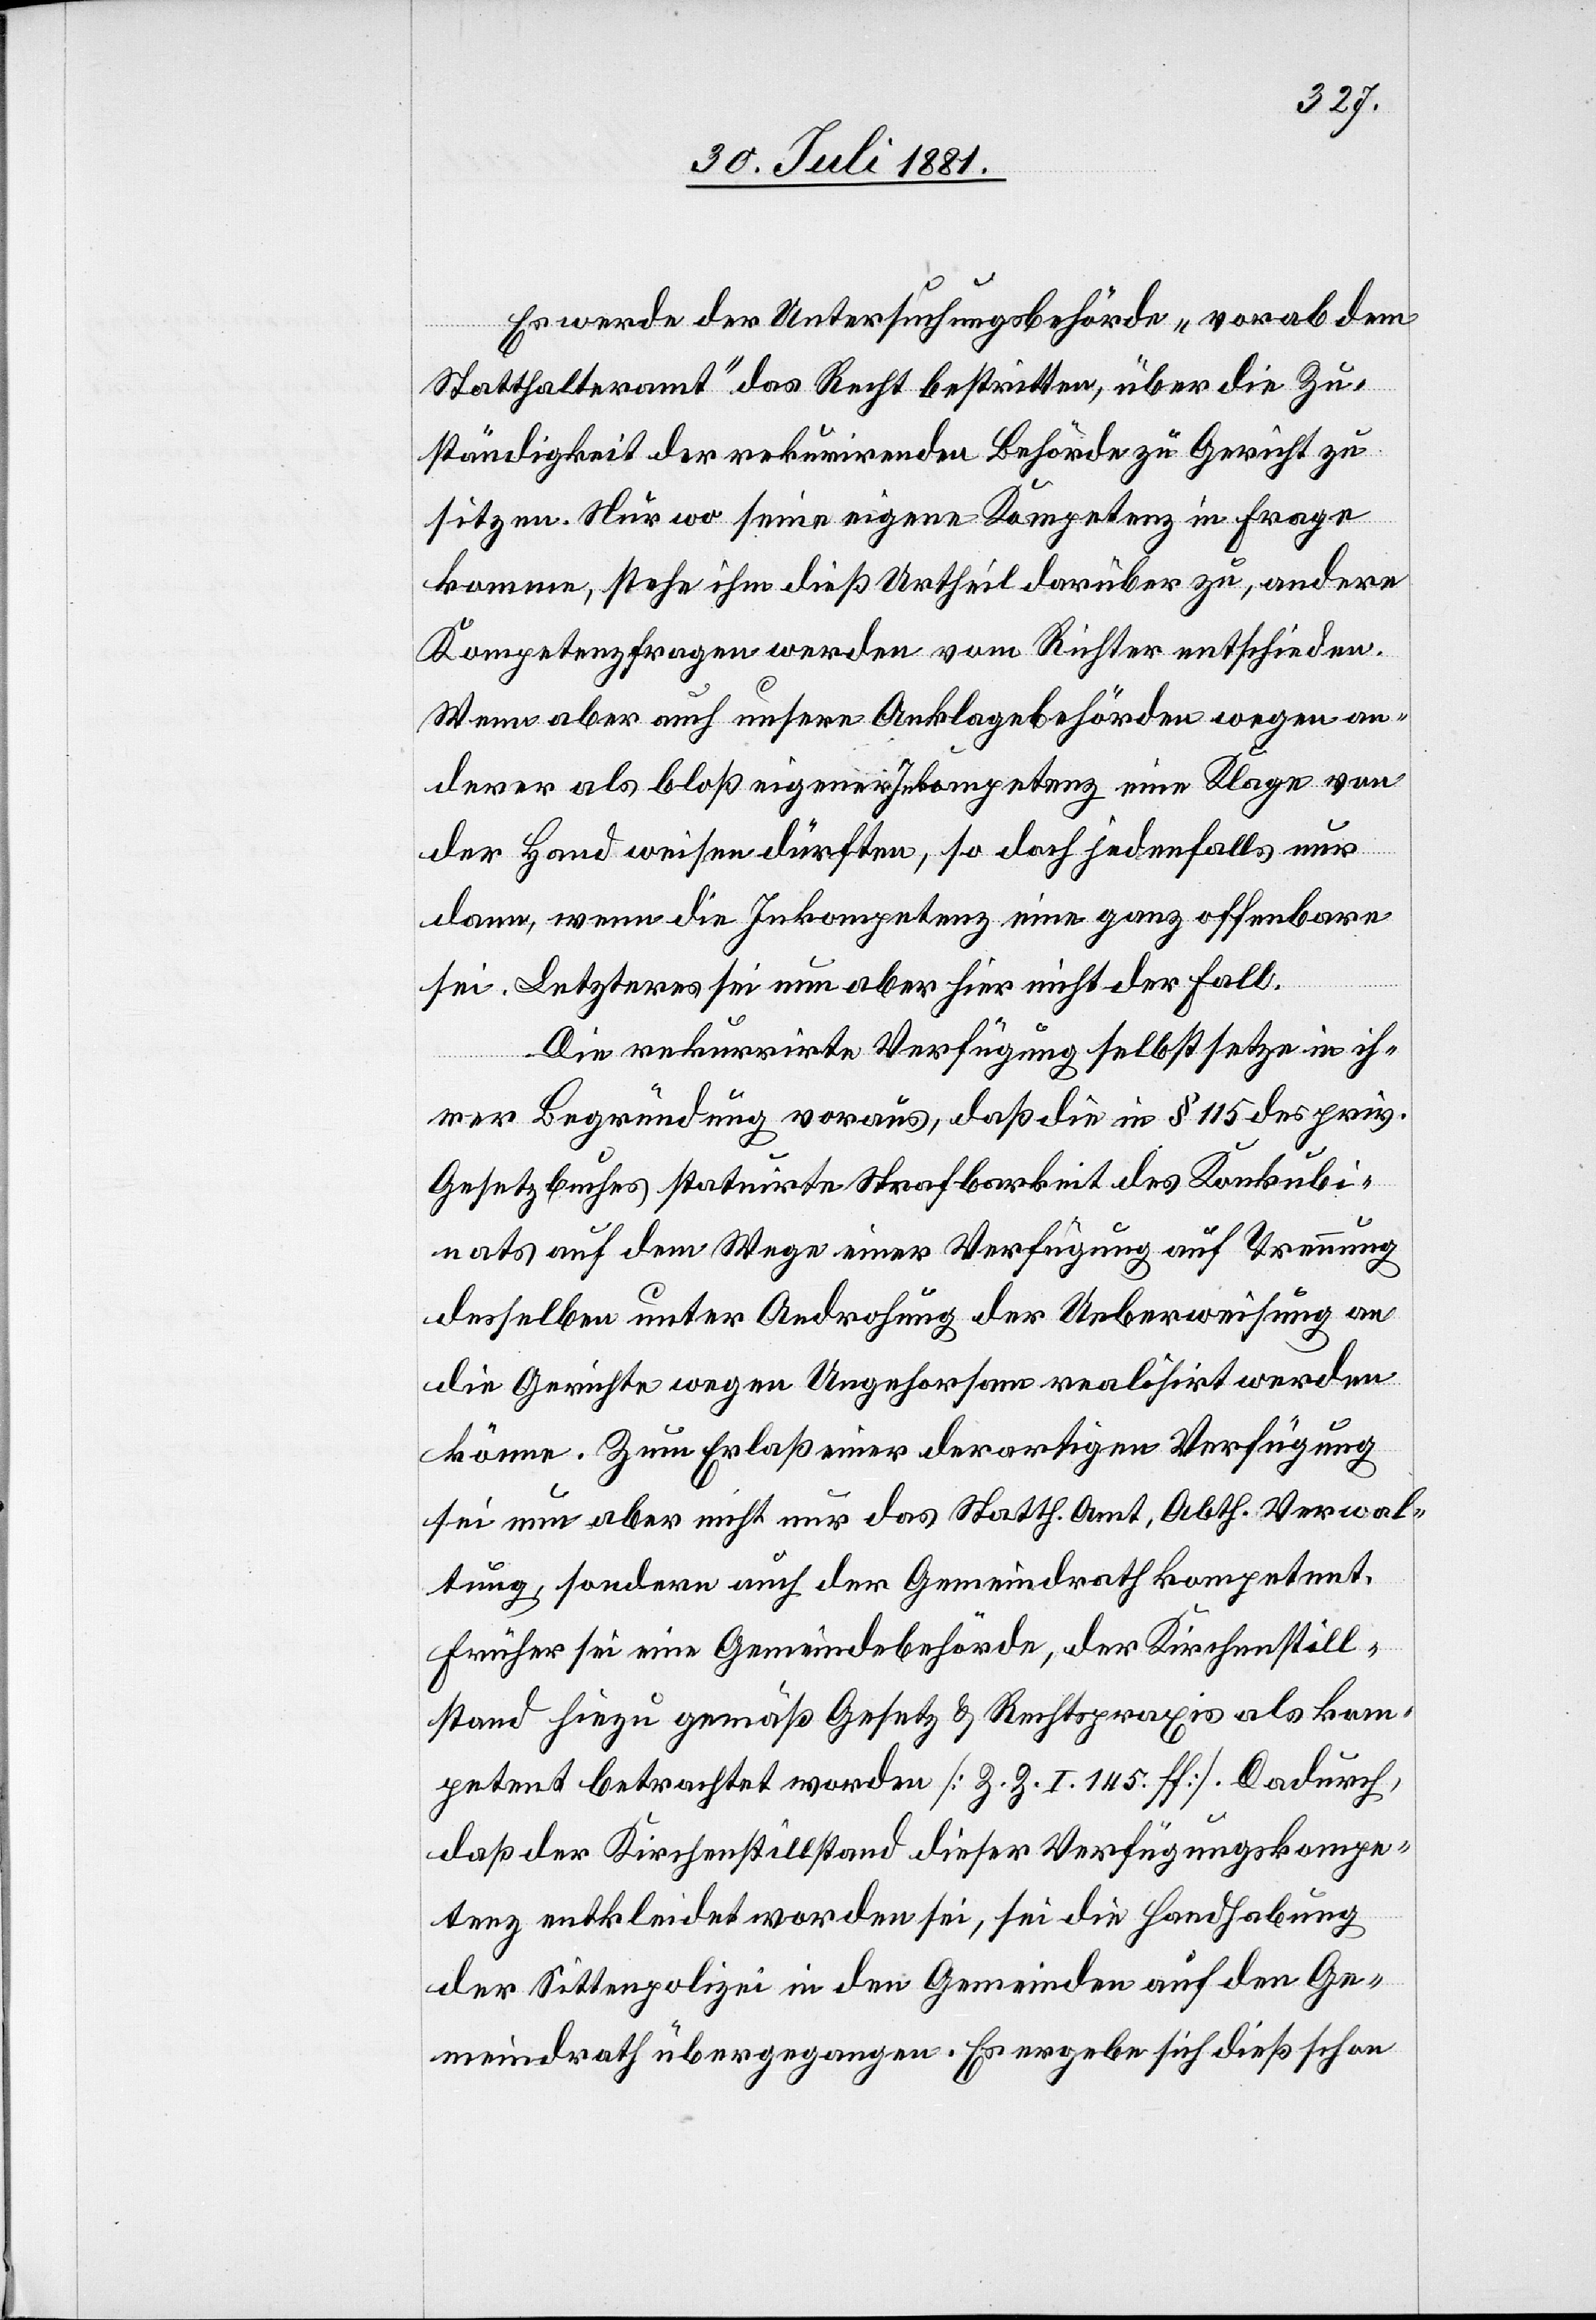
Es werde der Untersuchungsbehörde „vorab dem
Statthalteramt“ das Recht bestritten, über die Zu¬
ständigkeit der rekurirenden Behörde Gericht zu
sitzen. Nur wo seine eigene Kompetenz in Frage
komme, stehe ihm dieß Urtheil darüber zu, andere
Kompetenzfragen werden vom Richter entschieden.
Wenn aber auch unsere Anklagebehörden wegen an¬
derer als bloß eigener Inkompetenz eine Klage von
der Hand weisen dürften, so doch jedenfalls nur
dann, wenn die Inkompetenz eine ganz offenbare
sei. Letzteres sei nun aber hier nicht der Fall.
Die rekurrirte Verfügung selbst setze in ih¬
rer Begründung voraus, daß die in § 115 des priv.
Gesetzbuches statuirte Strafbarkeit des Konkubi¬
nats auf dem Wege einer Verfügung auf Trennung
desselben unter Androhung der Ueberweisung an
die Gerichte wegen Ungehorsam realisirt werden
könne. Zum Erlaß einer derartigen Verfügung
sei nun aber nicht nur das Statth. Amt, Abth. Verwal¬
tung, sondern auch der Gemeindrath kompetent,
früher sei eine Gemeindebehörde, der Kirchenstill¬
stand hiezu gemäß Gesetz & Rechtspraxis als kom¬
petent betrachtet worden [Z. Z. I. 145. ff]. Dadurch,
daß der Kirchenstillstand dieser Verfügungskompe¬
tenz entkleidet worden sei, sei die Handhabung
der Sittenpolizei in den Gemeinden auf den Ge¬
meindrath übergegangen. Es ergebe sich dieß schon